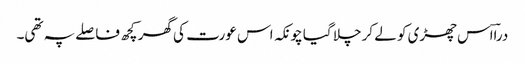
دراؔاس چھڑی کو لے کر چلا گیا چونکہ اس عورت کی گھر کچھ فاصلے پہ تھی۔